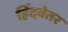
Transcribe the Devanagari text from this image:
हिंदवेतर